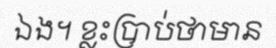
ឯង។ ខ្លះប្រាប់ថាមាន